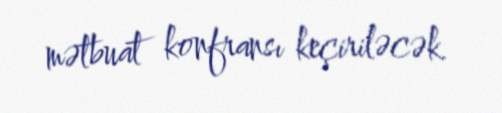
mətbuat konfransı keçiriləcək.